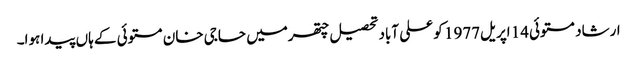
ارشاد مستوئی14 اپریل1977 کو علی آباد تحصیل چتھرمیں حاجی خان مستوئی کے ہاں پیدا ہوا۔